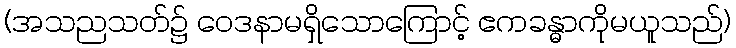
(အသညသတ်၌ ဝေဒနာမရှိသောကြောင့် ဧကခန္ဓာကိုမယူသည်)